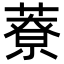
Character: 𦼔